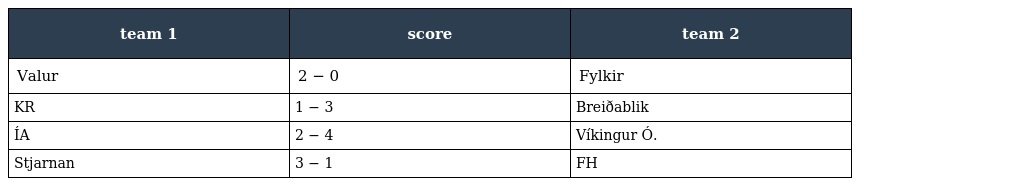
| team 1 | score | team 2 |
 | --- | --- | --- |
 | Valur | 2 − 0 | Fylkir |
 | KR | 1 − 3 | Breiðablik |
 | ÍA | 2 − 4 | Víkingur Ó. |
 | Stjarnan | 3 − 1 | FH |